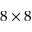
8 \times 8